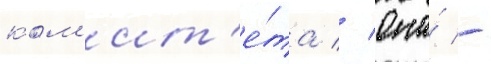
ком'ит'е́та // Она́ -